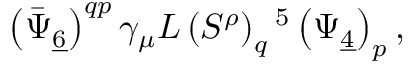
\left( \bar { \Psi } _ { \underline { { 6 } } } \right) ^ { q p } \gamma _ { \mu } L \left( S ^ { \rho } \right) _ { q } { } ^ { 5 } \left( \Psi _ { \underline { { 4 } } } \right) _ { p } ,